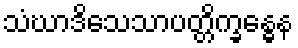
သံဃာဒိသေသာပတ္တိက္ခန္ဓေန